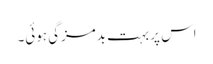
اس پر بہت بدمزگی ہوئی۔